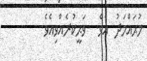
މުޙައްމަދު  އެވެ.  ވަޙީކުރެއްވިއެވެ.